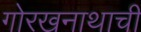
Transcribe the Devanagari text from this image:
गोरखनाथाची